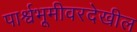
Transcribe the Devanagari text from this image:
पार्श्वभूमीवरदेखील